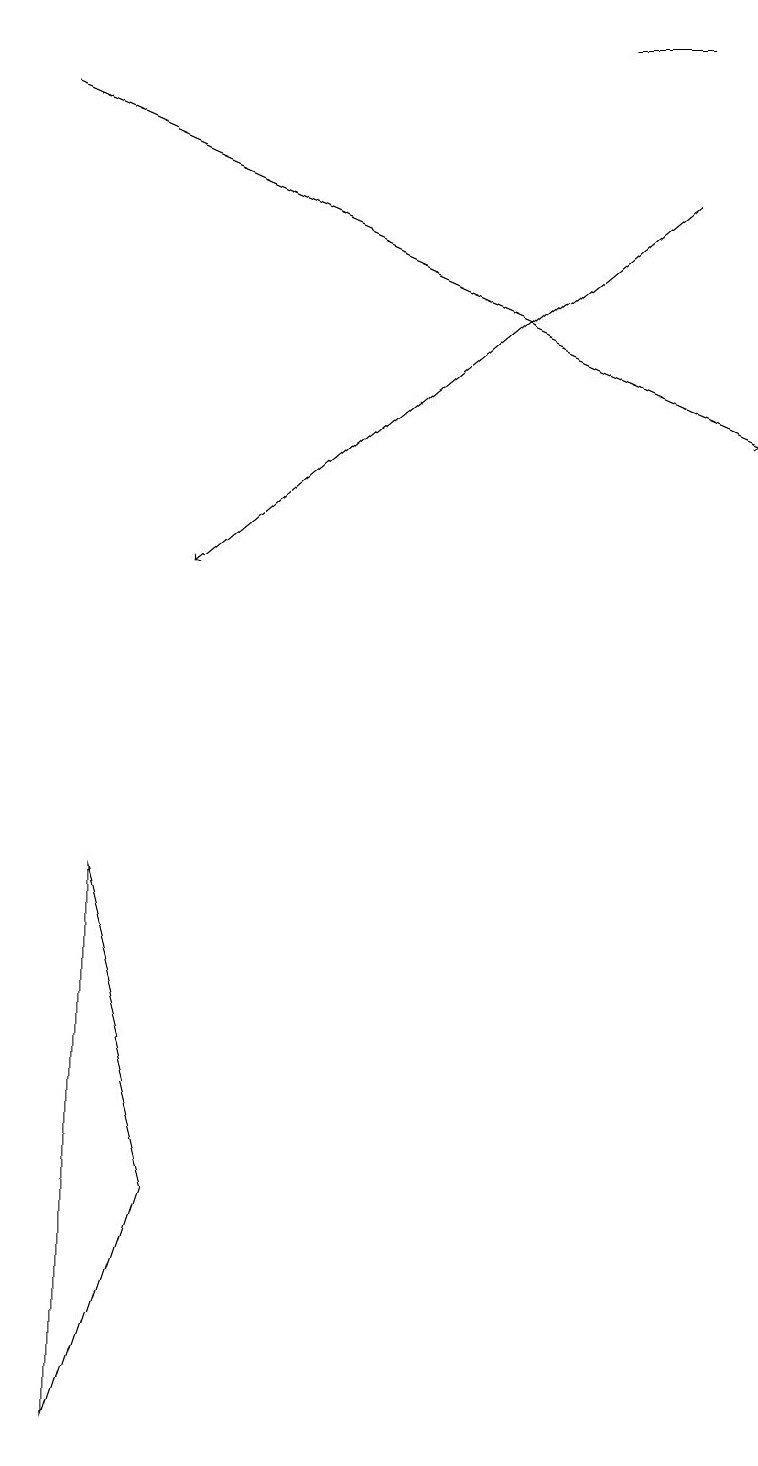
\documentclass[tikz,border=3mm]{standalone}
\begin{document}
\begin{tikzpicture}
\draw[->] (8,17) -- (2,12);
\draw[->] (0,18) -- (9,14);
\draw (7,19) rectangle (8,19);
\draw (1,1) -- (2,4) -- (1,8) -- cycle;
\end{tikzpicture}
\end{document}